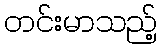
တင်းမာသည့်